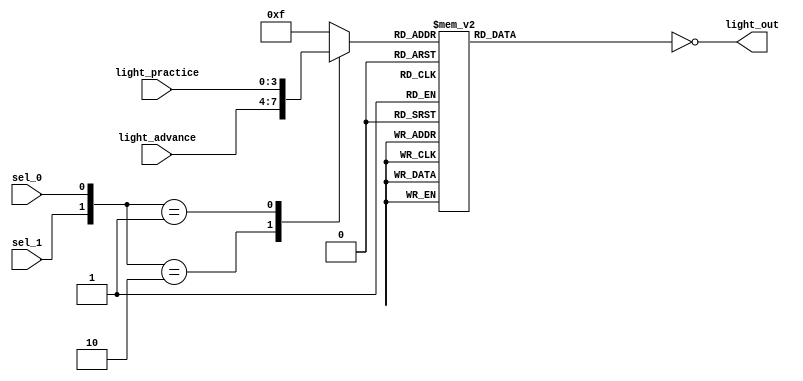
module light_DECODE(light_advance,light_practice,sel_1,sel_0 , light_out );
	input sel_1,sel_0;
	input [3:0]light_advance;
	input [3:0]light_practice;
	output [9:0] light_out;
	reg [3:0] data;
	reg [9:0] reg_out;
	
	initial
	begin
		data = 4'b1111;
		reg_out = 10'b1111111111;
	end
	
	always@({sel_1,sel_0})
	begin
		case({sel_1,sel_0})
			0: data = 4'b1111;
			2: data = light_advance;
			1: data = light_practice;
			default: data = 4'b1111;
		endcase
	end
	
	always@(data)
	begin
		case (data)
			0 : reg_out = 10'b1111111110; // 0
			1 : reg_out = 10'b1111111101; // 1
			2 : reg_out = 10'b1111111011; // 2
			3 : reg_out = 10'b1111110111; // 3
			4 : reg_out = 10'b1111101111; // 4
			5 : reg_out = 10'b1111011111; // 5
			6 : reg_out = 10'b1110111111; // 6
			7 : reg_out = 10'b1101111111; // 7
			8 : reg_out = 10'b1011111111; // 8
			9 : reg_out = 10'b0111111111; // 9
			default :
				reg_out =  10'b1111111111;
		endcase
	end
	
	assign light_out = ~reg_out;
	
endmodule